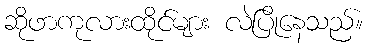
ဆိုဖာကုလားထိုင်များ လဲပြိုနေသည်။